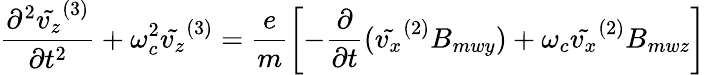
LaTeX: \frac{\partial^{2}\tilde{v_{z}}^{(3)}}{\partial t^{2}}+\omega_{c}^{2}\tilde{v_{z}}^{(3)}=\frac{e}{m}\left[-\frac{\partial}{\partial t}(\tilde{v_{x}}^{(2)}B_{mwy})+\omega_{c}\tilde{v_{x}}^{(2)}B_{mwz}\right]